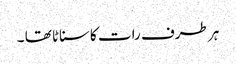
ہر طرف رات کاسناٹا تھا ۔